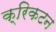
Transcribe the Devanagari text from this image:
क्रिकटन